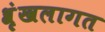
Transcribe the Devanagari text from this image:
श्रृंखलागत